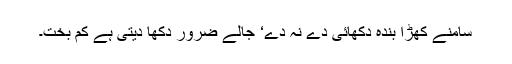
سامنے کھڑا بندہ دکھائی دے نہ دے‘ جالے ضرور دکھا دیتی ہے کم بخت۔